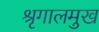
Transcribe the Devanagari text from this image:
श्रृगालमुख